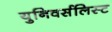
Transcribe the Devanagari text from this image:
युनिवर्सलिस्ट